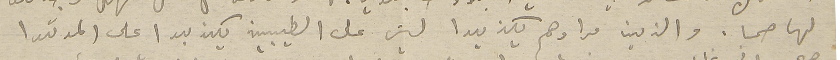
لها صحا. والذين مرادهم يكذبوا ليش على الطيبين يكذبوا على المرقوا